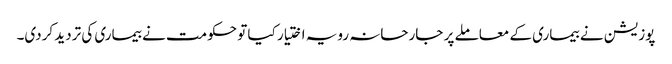
پوزیشن نے بیماری کے معاملے پر جارحانہ رویہ اختیار کیا تو حکومت نے بیماری کی تردید کردی۔